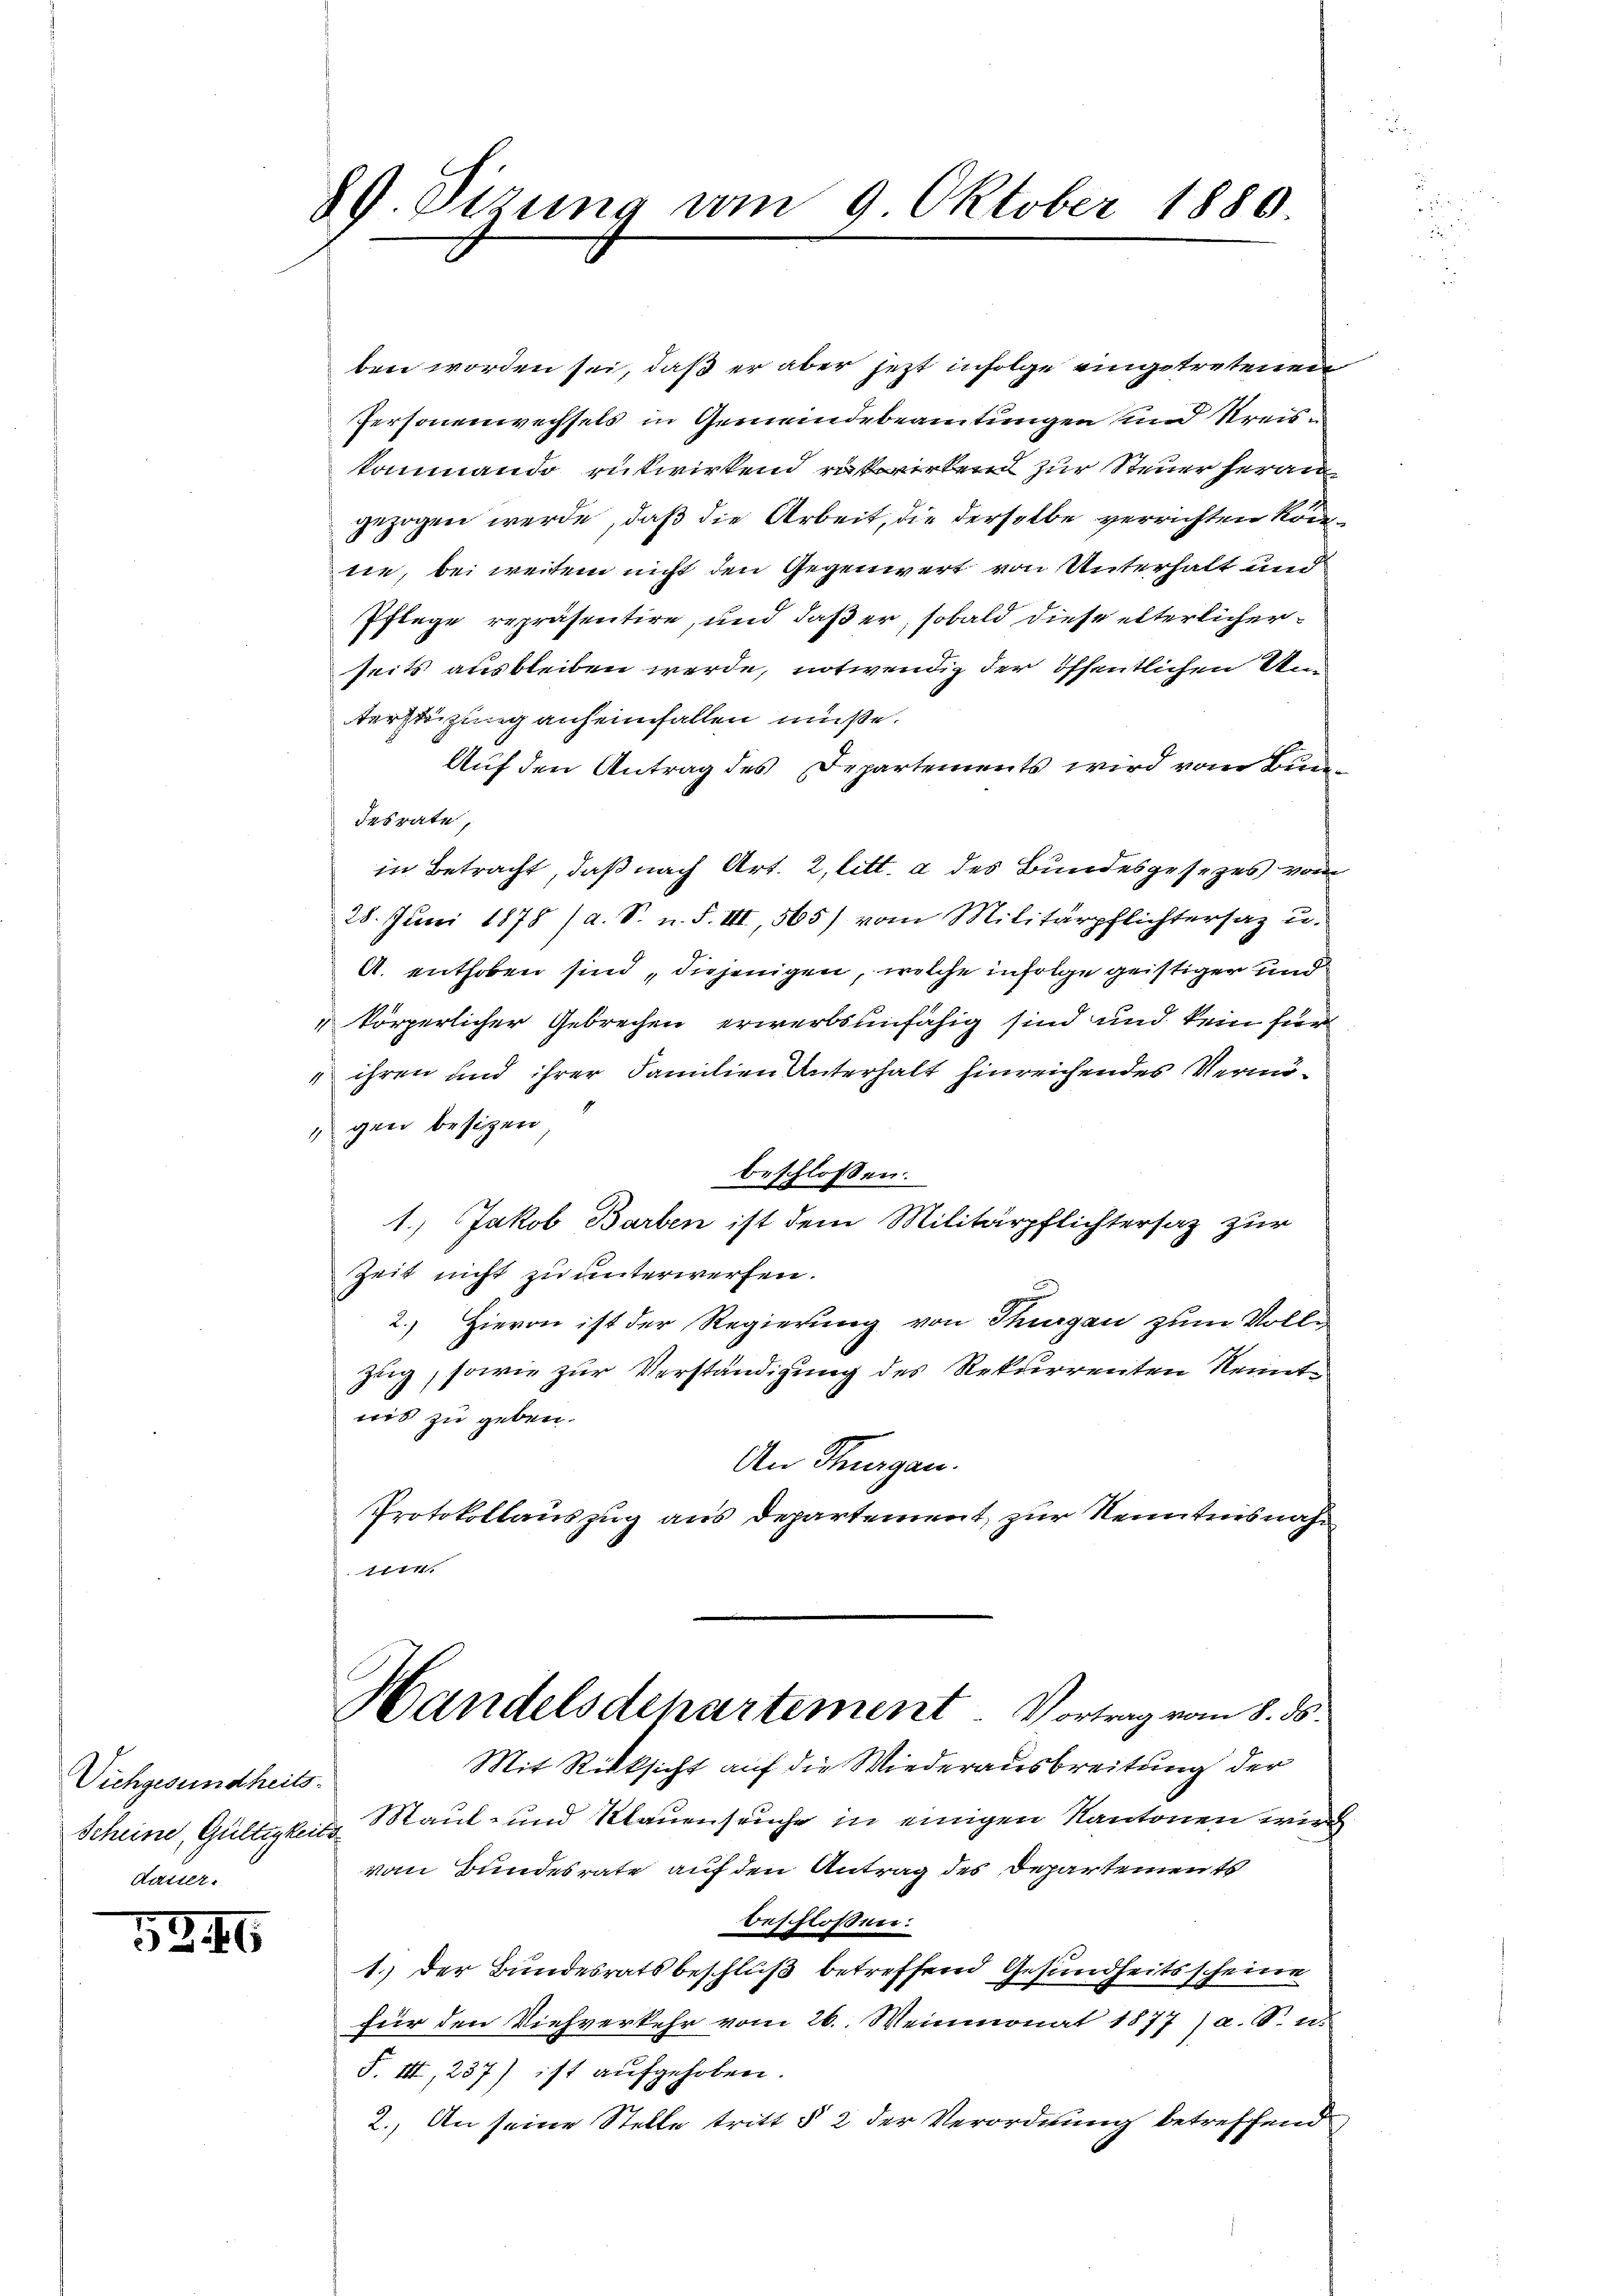
Vichgesundheits
Scheine, Gültigkeits
Kutter.

5246

89. Dirung vom 9. Oktober 1880.

ben worden sei, daß er aber jetzt infolge eingetretenen
Personenwechsels in Gemeindebeamtungen und Streistommando rükwirkend rükwirkend zur Steuer herau
gezogen werde, daß die Arbeit, die derselbe verrichten könntie, bei weitem nicht den Gegenwert von Unterhalt und
Pflege repräsentire, und daß er, sobald diese elterlicherseits ausbleiben werde, notwendig der öffentlichen Unterstüzung anheimfallen müße.
Auf den Antrag des Departements wird vom Bundesrate,
in Betracht, daß nach Art. 2, litt. a des Bundesgesezes vom
28. Juni 1878 (a. S. n. F. III 565) vom Militärpflichtersaz u.
A. enthoben sind, diejenigen, welche infolge geistiger und
"körperlicher Gebrechen erwerbsunfähig sind und kein für
ihren und ihrer Familien Unterhalt hinreichendes Vermögen besitzen
beschlossen:
1.) Jakob Barben ist dem Militärpflichtersaz zur
Zeit nicht zu unterwerfen.
2.) Hievon ist der Regierung von Thurgau zum Volle
zug, sowie zur Verständigung des Rekurrenten Nennt
nis zu geben.
An Thurgau.
Protokollauszug aus Departement, zur Kenntnisnah¬
11111.
Handelsdepartement. Vortrag vom 8. ds.
Mit Rücksicht auf die Wiederausbreitung der
Maul- und Klauenseuche in einigen Kantonen wird
vom Bundesrate auf den Antrag des Departements
beschlossen:
1.) Der Bundesratsbeschluß betreffend Gesundheitsscheine
für den Viehverkehr vom 26. Weinmonat 1877 / a. O. e
F. III, 237) ist aufgehoben.
2.) An seine Stelle tritt § 2 der Verordnung betreffend